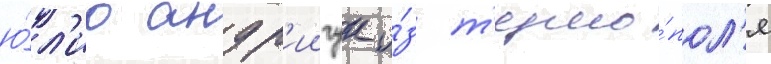
ю́л'иа андр'иичук и́з т'ерно́пол'я